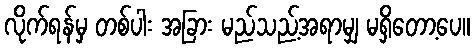
လိုက်ရန်မှ တစ်ပါး အခြား မည်သည့်အရာမျှ မရှိတော့ပေ။